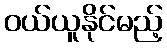
ဝယ်ယူနိုင်မည့်